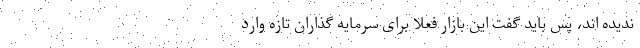
ندیده اند، پس باید گفت این بازار فعلا برای سرمایه گذاران تازه وارد